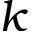
k